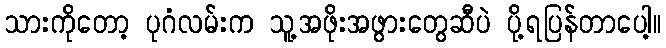
သားကိုတော့ ပုဂံလမ်းက သူ့အဖိုးအဖွားတွေဆီပဲ ပို့ရပြန်တာပေါ့။